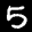
Label: 5